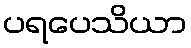
ပရပေသိယာ